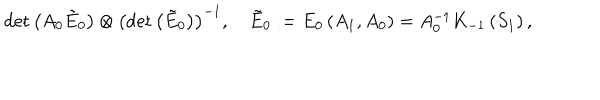
\det \left( A _ { 0 } \tilde { E } _ { 0 } \right) \otimes \left( \det \left( \tilde { E } _ { 0 } \right) \right) ^ { - 1 } , \quad \tilde { E } _ { 0 } : = E _ { 0 } \left( A _ { 1 } , A _ { 0 } \right) = A _ { 0 } ^ { - 1 } K _ { - 1 } \left( S _ { 1 } \right) ,